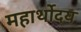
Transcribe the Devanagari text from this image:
महार्थोदय